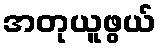
အတုယူဖွယ်